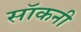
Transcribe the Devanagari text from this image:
सॉकनी